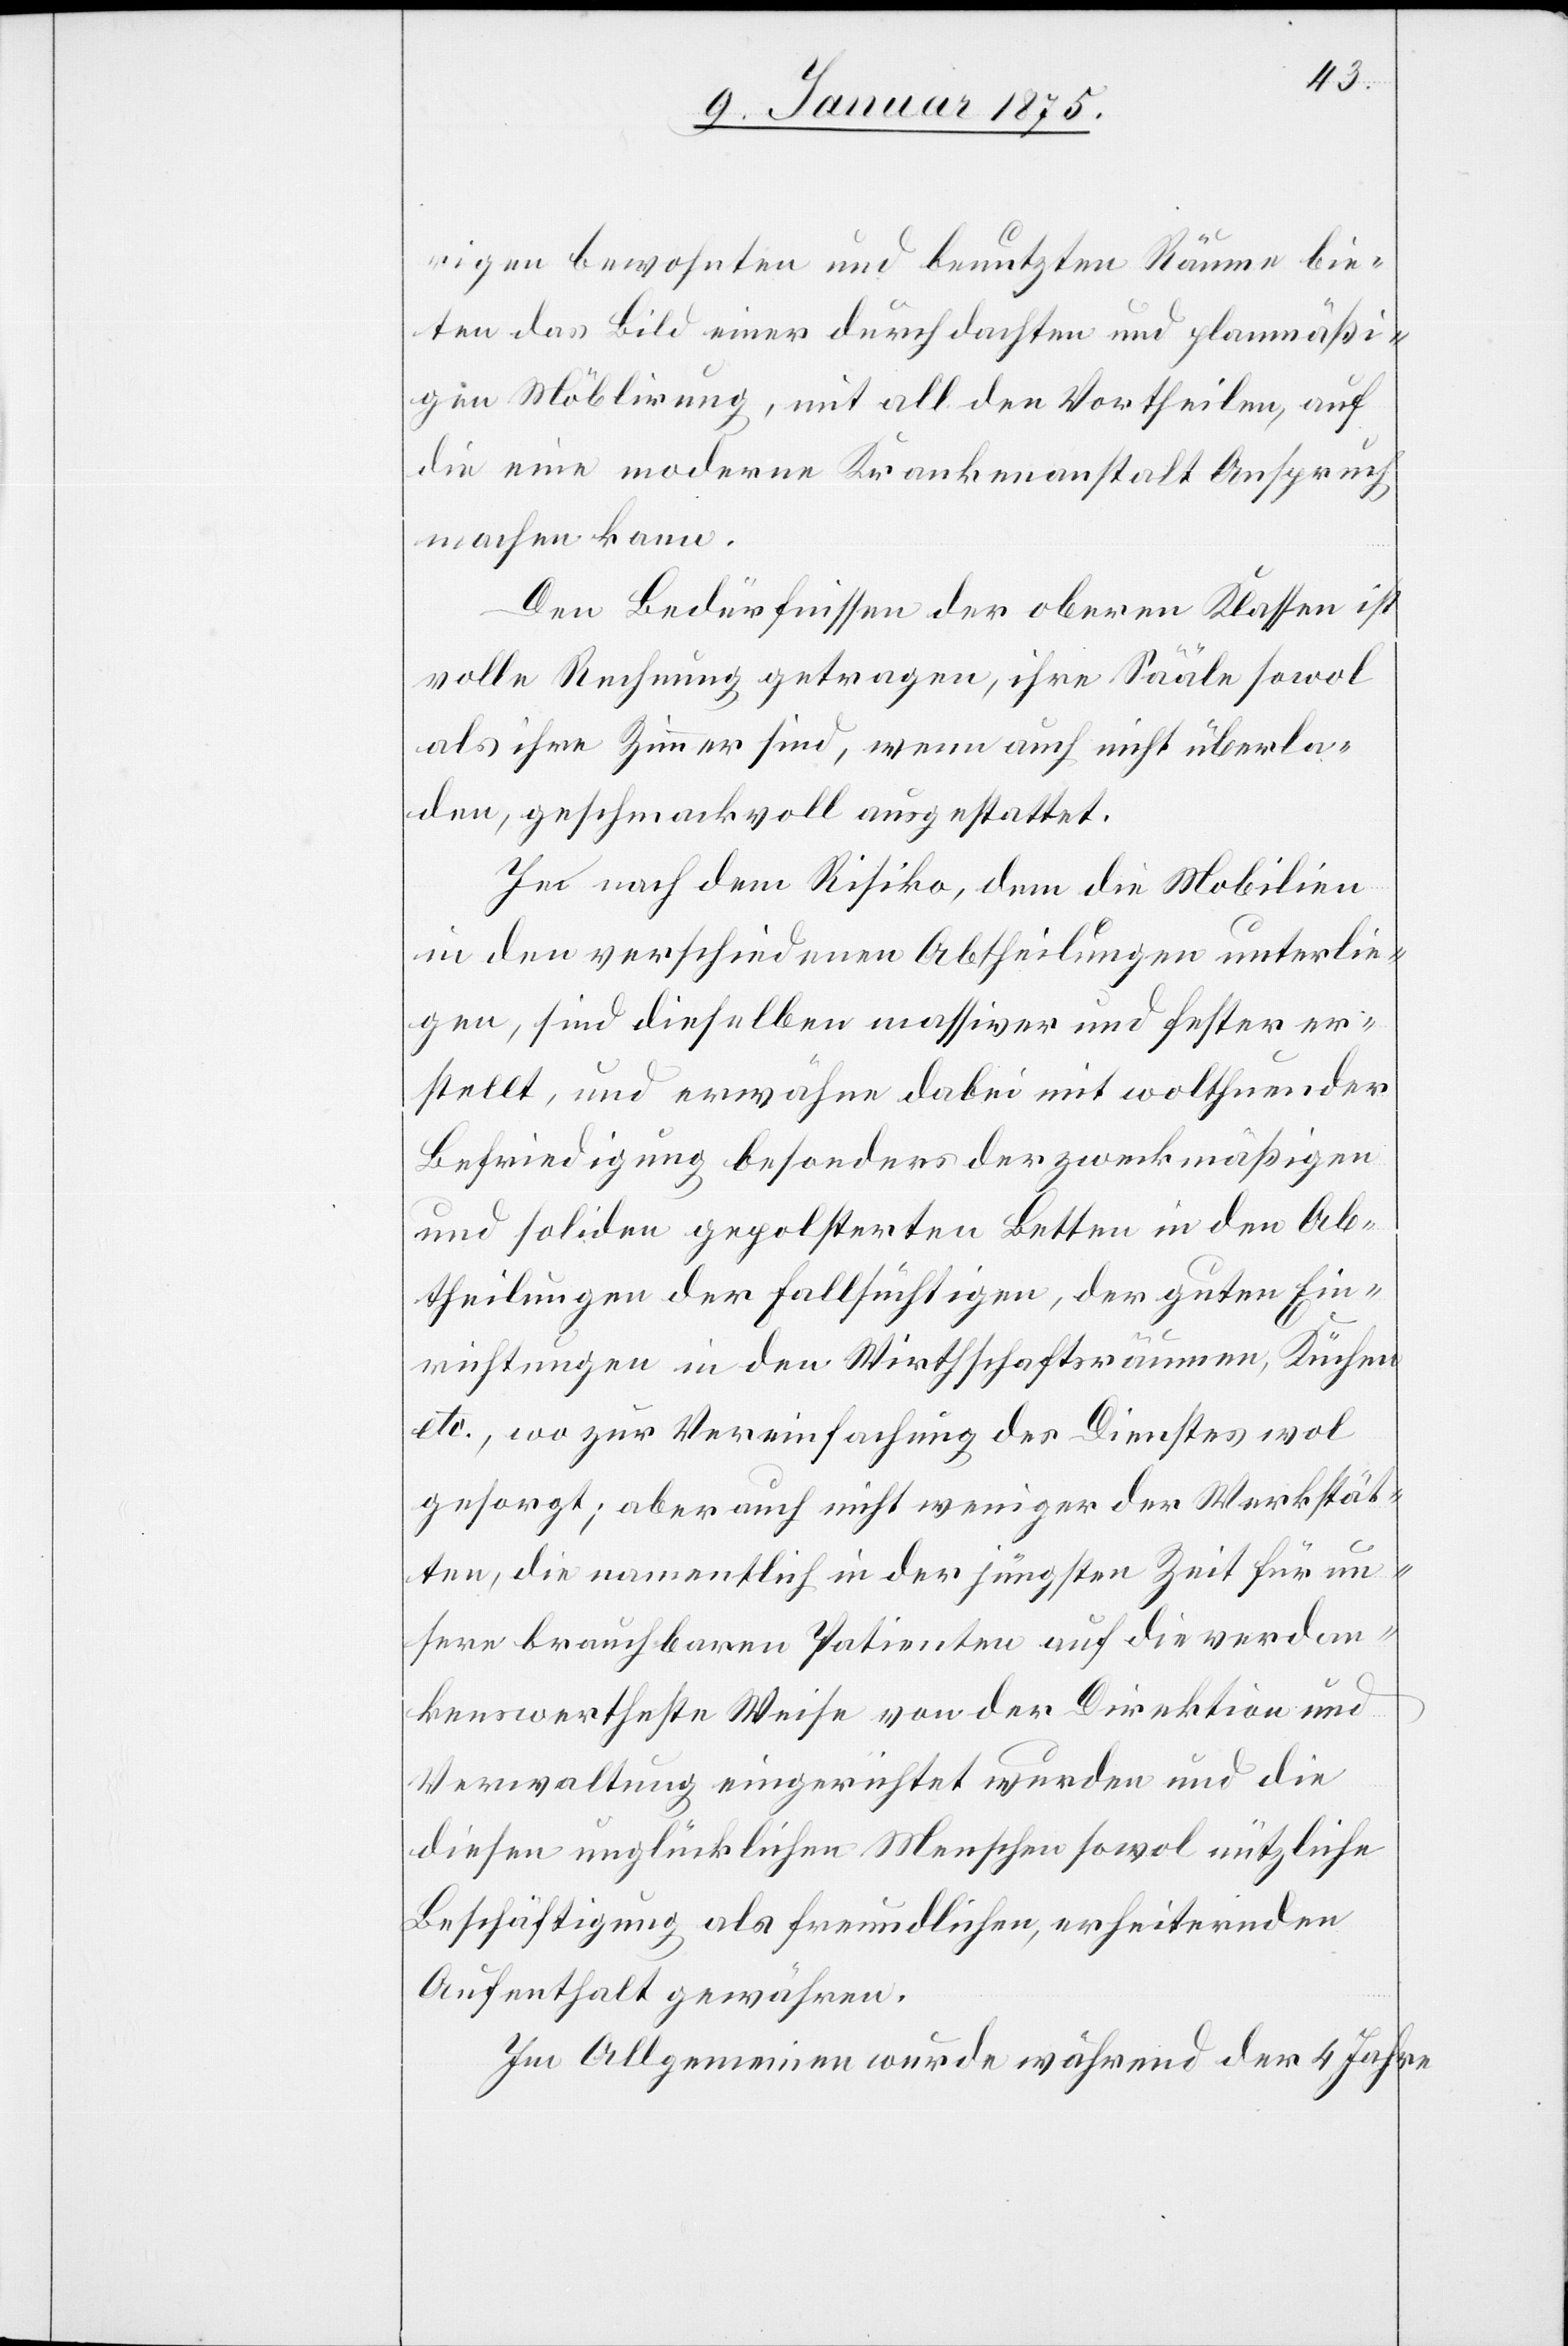
rigen bewohnten und benutzten Räume bie¬
ten das Bild einer durchdachten und planmäßi¬
gen Möblirung, mit all den Vortheilen, auf
die eine moderne Krankenanstalt Anspruch
machen kann.
Den Bedürfnissen der oberen Klassen ist
volle Rechnung getragen, ihre Sääle sowol
als ihre Zimmer sind, wenn auch nicht überla¬
den, geschmackvoll ausgestattet.
Je nach dem Risiko, nach dem die Mobilien
in den verschiedenen Abtheilungen unterlie¬
gen, sind dieselben massiver und fester er¬
stellt, und erwähne dabei mit wolthuender
Befriedigung besonders der zweckmäßigen
und soliden gepolsterten Betten in den Ab¬
theilungen der Fallsüchtigen, der guten Ein¬
richtungen in den Wirthschaftsräumen, Küchen
etc., wo zur Vereinfachung des Dienstes wol
gesorgt; aber auch nicht weniger der Werkstät¬
ten, die namentlich in der jüngsten Zeit für un¬
sere brauchbaren Patienten auf die verdan¬
kenswertheste Weise von der Direktion und
Verwaltung eingerichtet wurden und die
diesen unglücklichen Menschen sowol nützliche
Beschäftigung als freundlichen, erheiternden
Aufenthalt gewähren.
Im Allgemeinen wurde während der 4 Jahre